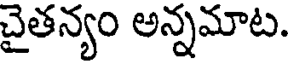
చైతన్యం అన్నమాట.